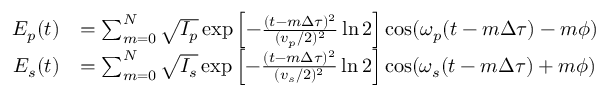
\begin{array} { r l } { E _ { p } ( t ) } & { = \sum _ { m = 0 } ^ { N } { \sqrt { I _ { p } } \exp \left[ - \frac { ( t - m \Delta \tau ) ^ { 2 } } { ( v _ { p } / 2 ) ^ { 2 } } \ln 2 \right] \cos ( \omega _ { p } ( t - m \Delta \tau ) - m \phi ) } } \\ { E _ { s } ( t ) } & { = \sum _ { m = 0 } ^ { N } { \sqrt { I _ { s } } \exp \left[ - \frac { ( t - m \Delta \tau ) ^ { 2 } } { ( v _ { s } / 2 ) ^ { 2 } } \ln 2 \right] \cos ( \omega _ { s } ( t - m \Delta \tau ) + m \phi ) } } \end{array}